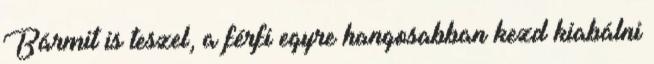
Bármit is teszel, a férfi egyre hangosabban kezd kiabálni